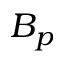
B _ { p }